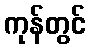
ကုန်တွင်